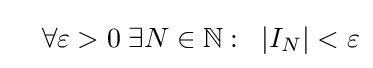
\quad \forall \varepsilon >0\;\exists N\in \mathbb {N} :\;\;|I_{N}|<\varepsilon